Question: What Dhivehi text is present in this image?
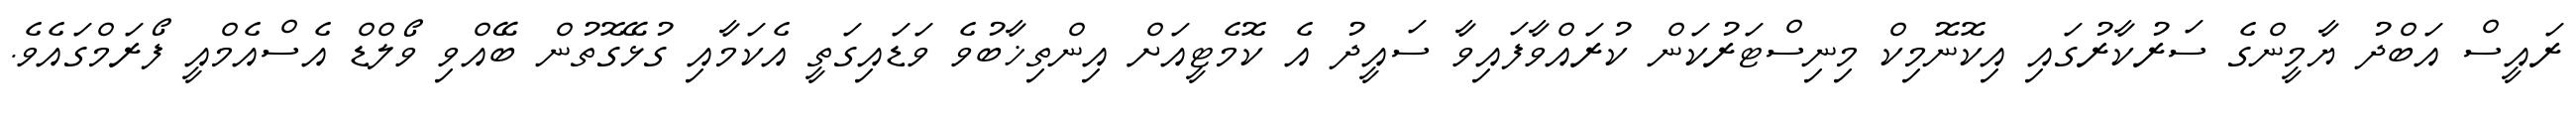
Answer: ރައީސް އަބްދު ޔާމީންގެ ސަރުކާރުގައި އިކޮނޮމިކް މިނިސްޓަރުކަން ކުރައްވާފައިވާ ސައީދު އެ ކޮމެޓީއަށް އިންތިޚާބުވެ ވަޑައިގަތީ އެކަމާއި ގުޅޭގޮތުން ބޭއްވި ވޯލްޑް އެސްއެމްއީ ފޯރަމްގައެވެ.